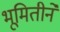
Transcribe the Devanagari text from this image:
भूमितीने